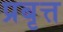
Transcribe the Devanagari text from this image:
प्रबृत्त